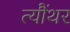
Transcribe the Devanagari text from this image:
त्यौंथर